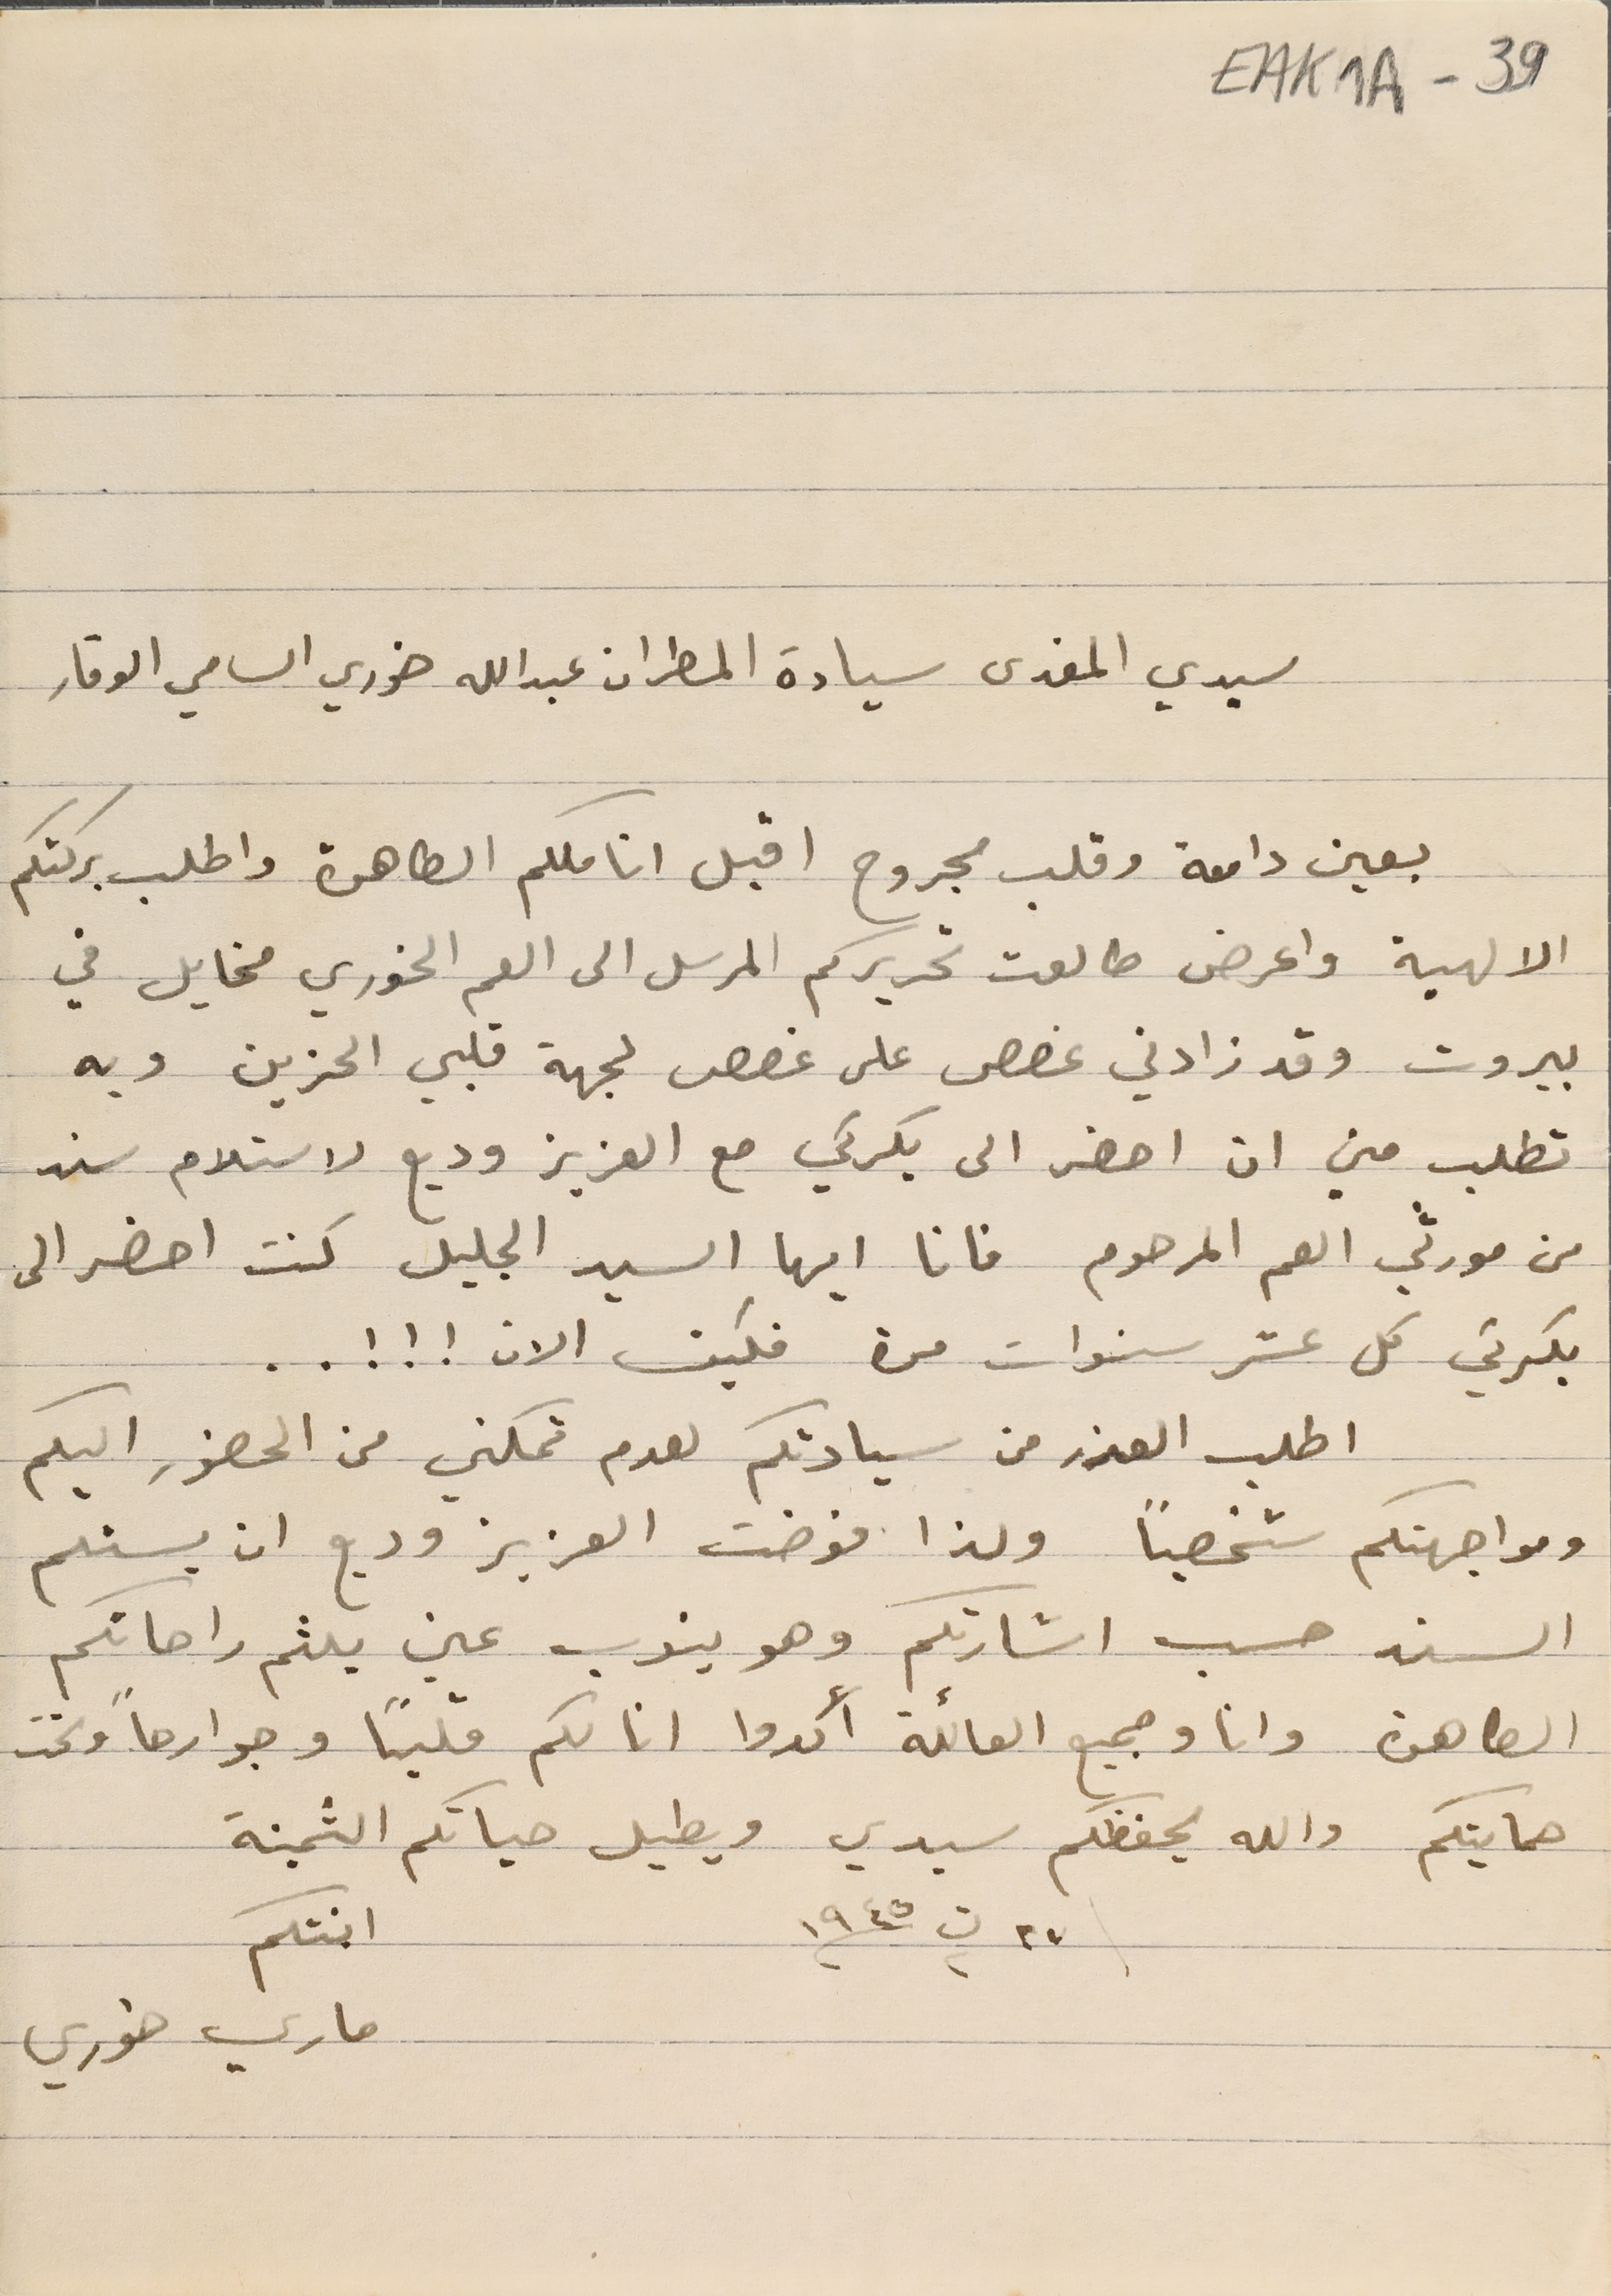
EAK1A-39
سيدي المفدى سيادة المطران عبدالله خوري السامي الوقار
بعين دامعة وقلب مجروح اقبل اناملكم الطاهرة واطلب بركتكم
الالهية واعرض طالعت تحريركم المرسل الى العم الخوري مخايل في
بيروت وقد زادني غصص على غصص لجهة قلبي الحزين وبه
تطلب مني ان احضر الى بكركي مع العزيز وديع لاستلام سند
من مورثي العم المرحوم فانا ايها السيد الجليل كنت احضر الى
بكركي كل عشر سنوات مرة فكيف الان ! ! ! . .
اطلب العذر من سيادتكم لعدم تمكني من الحضور اليكم

ومواجهتكم شخصياً ولذا فوضت العزيز وديع ان يستلم
السند حسب اشارتكم وهو ينوب عني بلثم راحاتكم
الطاهرة وانا وجميع العائلة أكدوا انا لكم قلباً وجوارحاً وتحت
حمايتكم والله يحفظكم سيدي ويطيل حياتكم الثمينة
٢٧ ت٢ سنة ١٩٤٥
ماري خوري
ابنتكم